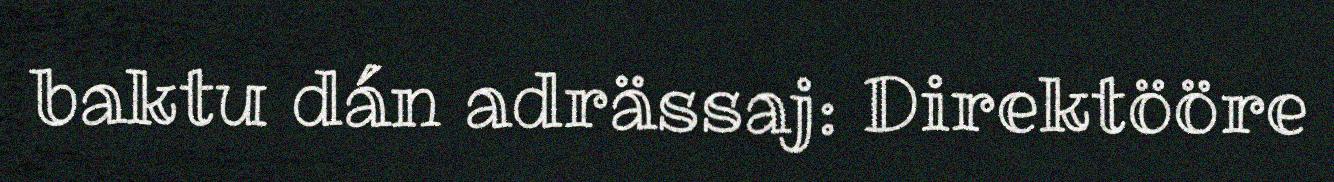
baktu dán adrässaj: Direktööre